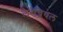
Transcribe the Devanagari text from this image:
लैरेन्जियल